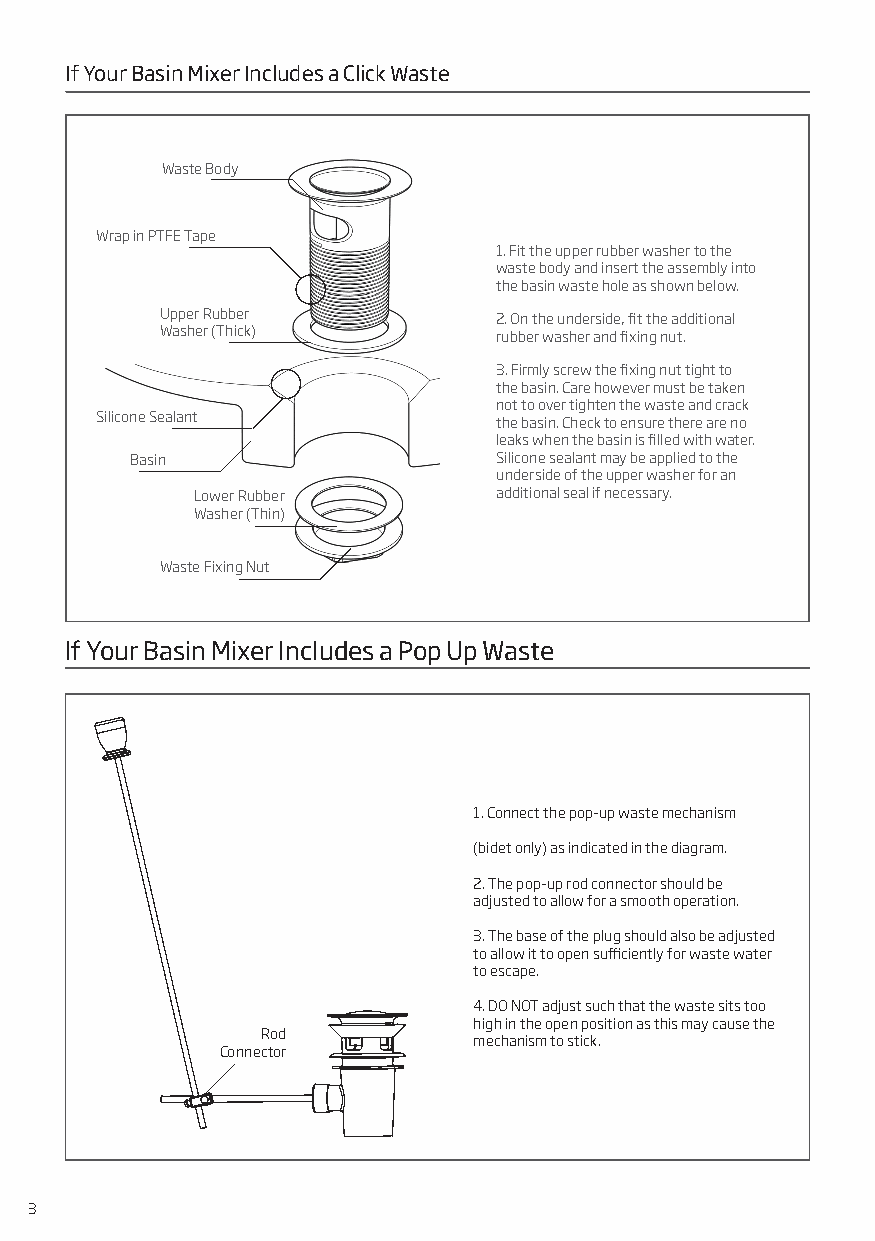
If Your Basin Mixer Includes a Click Waste
 Waste Body
 Wrap in PTFE Tape
 1. Fit the upper rubber washer to the
 waste body and insert the assembly into
 the basin waste hole as shown below.
 Upper Rubber          2. On the underside, fit the additional
 Washer (Thick)        rubber washer and fixing nut.
 3. Firmly screw the fixing nut tight to
 the basin. Care however must be taken
 not to over tighten the waste and crack
 Silicone Sealant           the basin. Check to ensure there are no
 leaks when the basin is filled with water.
 Basin                   Silicone sealant may be applied to the
 underside of the upper washer for an
 Lower Rubber        additional seal if necessary.
 Washer (Thin)
 Waste Fixing Nut
 If Your Basin Mixer Includes a Pop Up Waste
 1. Connect the pop-up waste mechanism
 (bidet only) as indicated in the diagram.
 2. The pop-up rod connector should be
 adjusted to allow for a smooth operation.
 3. The base of the plug should also be adjusted
 to allow it to open sufficiently for waste water
 to escape.
 4. DO NOT adjust such that the waste sits too
 high in the open position as this may cause the
 Rod
 mechanism to stick.
 Connector
 3